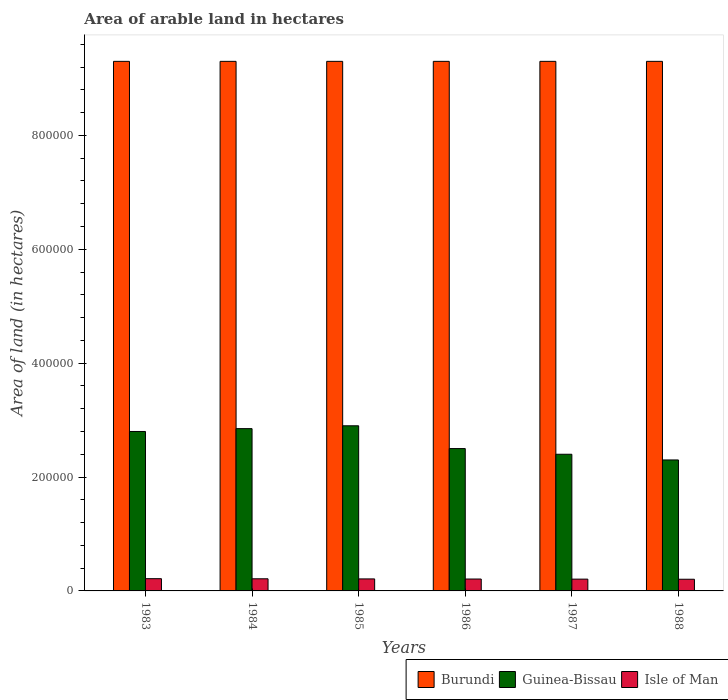
| Years | Burundi | Guinea-Bissau | Isle of Man |
 | --- | --- | --- | --- |
 | 1983 | 9.3e+05 | 2.8e+05 | 2.15e+04 |
 | 1984 | 9.3e+05 | 2.85e+05 | 2.13e+04 |
 | 1985 | 9.3e+05 | 2.9e+05 | 2.11e+04 |
 | 1986 | 9.3e+05 | 2.5e+05 | 2.09e+04 |
 | 1987 | 9.3e+05 | 2.4e+05 | 2.07e+04 |
 | 1988 | 9.3e+05 | 2.3e+05 | 2.05e+04 |